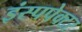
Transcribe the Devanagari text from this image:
इंस्पपेक्टर